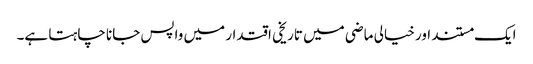
ایک مستند اور خیالی ماضی میں تاریخی اقتدار میں واپس جانا چاہتا ہے۔